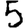
Digit: 5